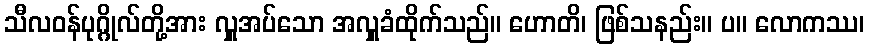
သီလဝန်ပုဂ္ဂိုလ်တို့အား လှူအပ်သော အလှူခံထိုက်သည်။ ဟောတိ၊ ဖြစ်သနည်း။ ပ။ လောကဿ၊